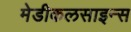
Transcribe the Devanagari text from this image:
मेडीकलसाइन्स